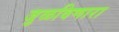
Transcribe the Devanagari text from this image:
जुळविणारा